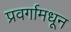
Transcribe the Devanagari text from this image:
प्रवर्गामधून